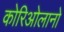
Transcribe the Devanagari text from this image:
कोरिओलानो